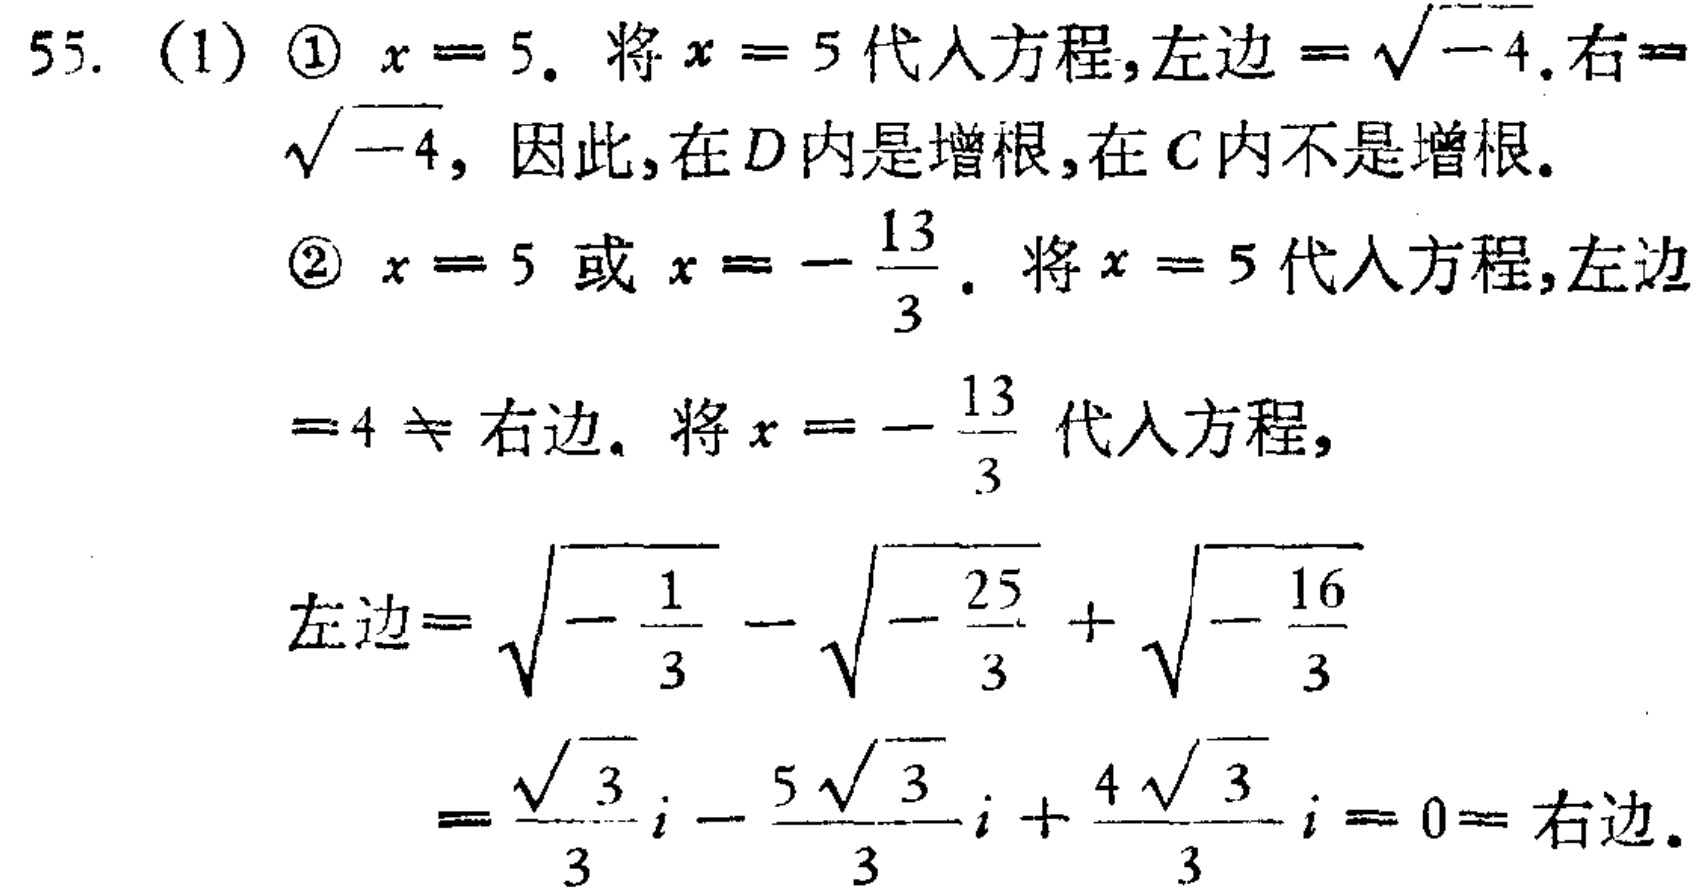
55. (1) \textcircled{1} \(x = 5\). 将 \(x = 5\) 代入方程,左边 \(=\sqrt{-4}\).右\(=\sqrt{-4}\), 因此,在 \(D\) 内是增根,在 \(C\) 内不是增根.
\textcircled{2} \(x = 5\) 或 \(x =-\frac{13}{3}\). 将 \(x = 5\) 代入方程,左边\(=4\neq\)右边. 将 \(x =-\frac{13}{3}\) 代入方程,
左边\(=\sqrt{-\frac{1}{3}}-\sqrt{-\frac{25}{3}}+\sqrt{-\frac{16}{3}}\)
\(=\frac{\sqrt{3}}{3}i-\frac{5\sqrt{3}}{3}i+\frac{4\sqrt{3}}{3}i = 0=\)右边.